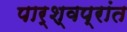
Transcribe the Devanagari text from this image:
पार्श्वप्रांत